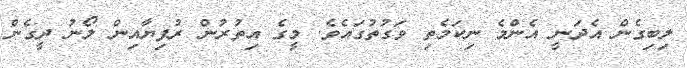
ލިބިގެން އެދަނީ އެންމެ ނިކަމެތި ވަގުތުގައެވެ. މީގެ އިތުރުން ރުފިޔާއިން ލޯނު ދީގެން